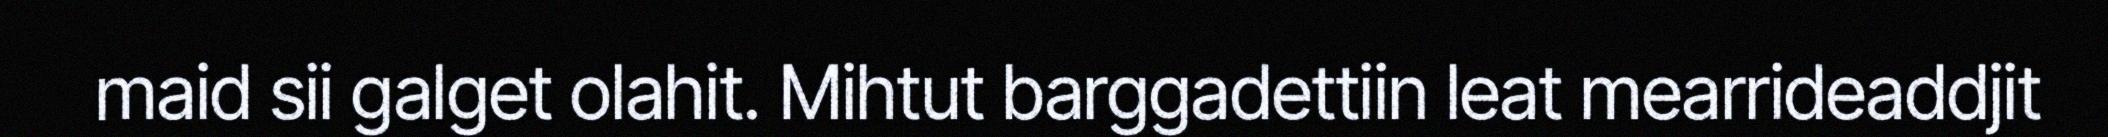
maid sii galget olahit. Mihtut barggadettiin leat mearrideaddjit